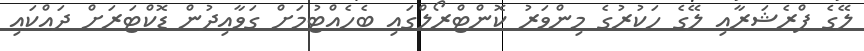
ލޭގެ ޕްރެޝަރާއި ލޭގެ ހަކުރުގެ މިންވަރު ކޮންޓްރޯލްގައި ބެހެއްޓުމަށް ގަވާއިދުން ޑޮކްޓަރަށް ދައްކައި